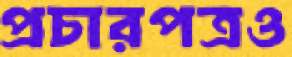
প্রচারপত্রও